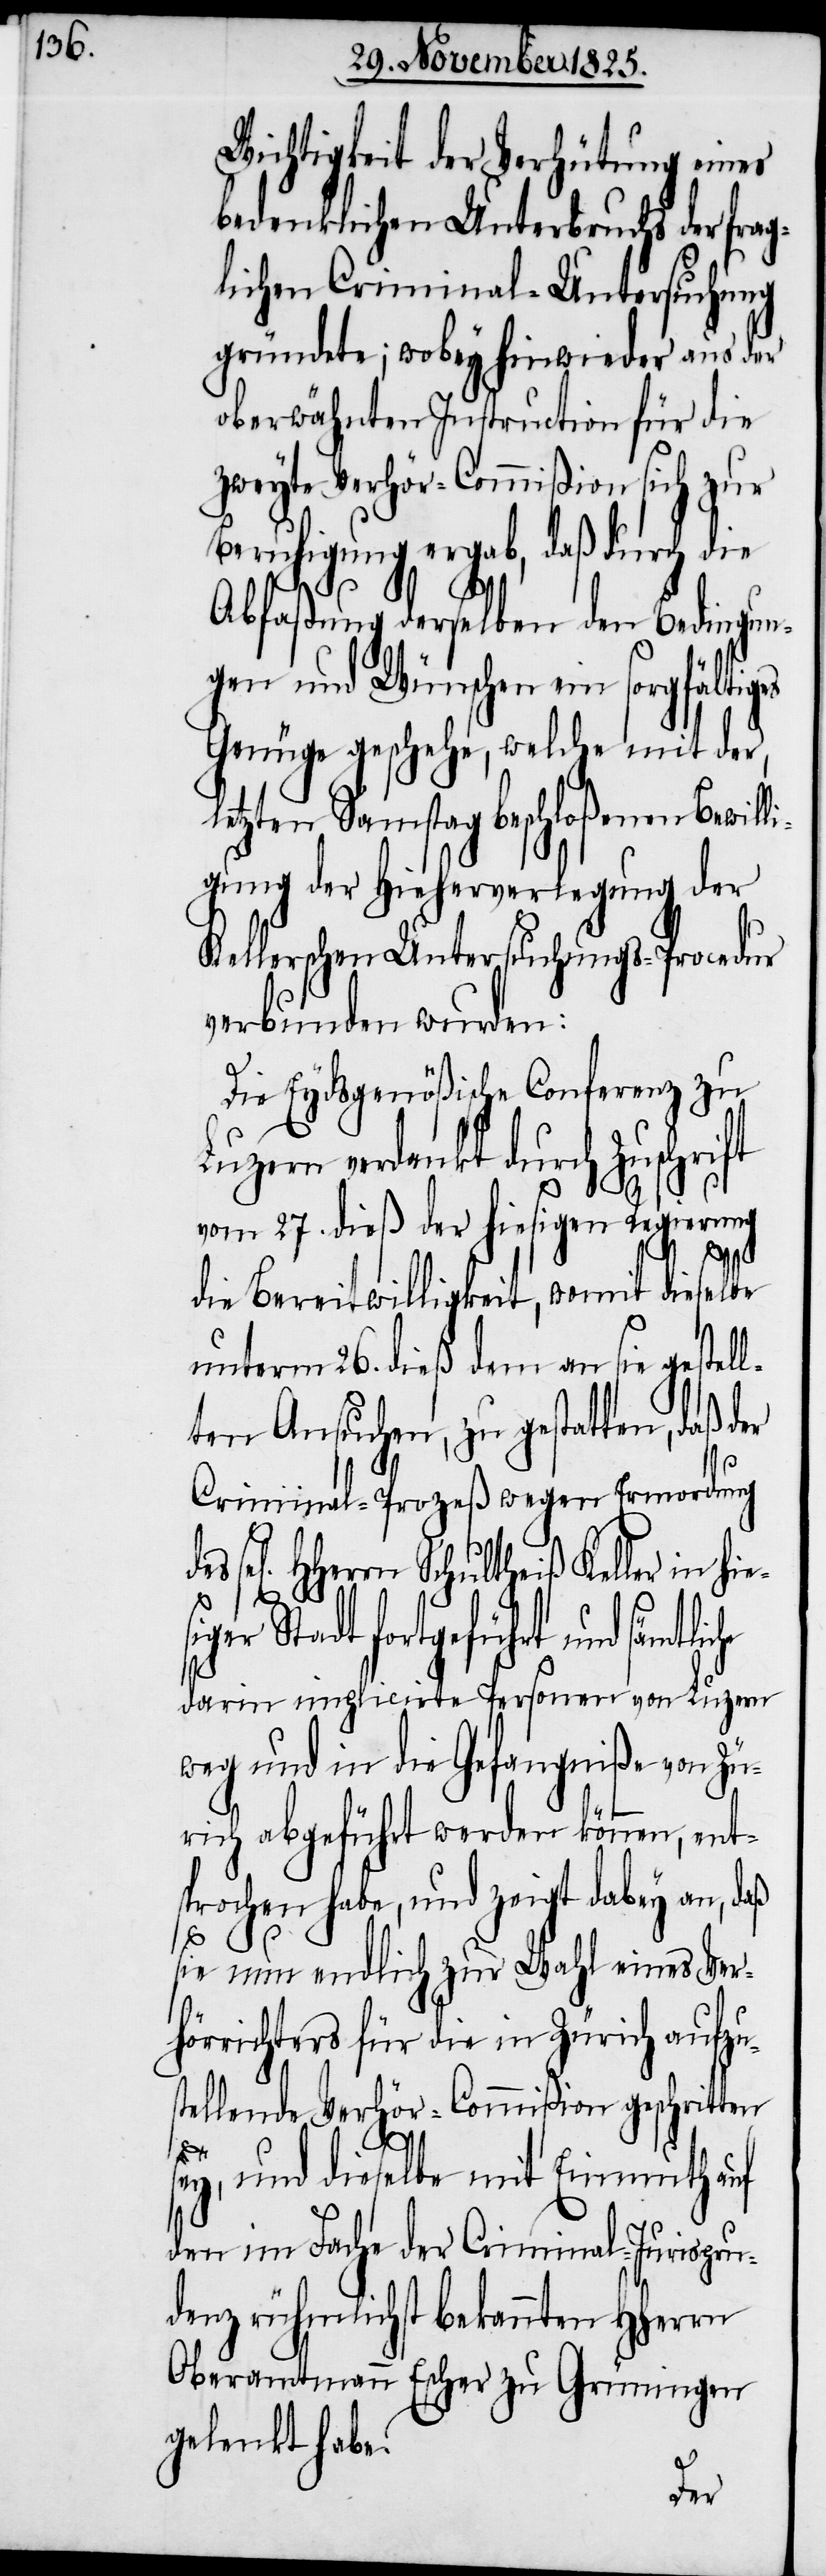
Wichtigkeit der Verhütung eines
bedenklichen Unterbruchs der frag¬
lichen Criminal-Untersuchung
gründete; wobey hinwieder aus der
oberwähnten Instruction für die
zweyte Verhör-Commißion sich zur
Beruhigung ergab, daß durch die
Abfaßung derselben den Bedingun¬
gen und Wünschen ein sorgfältig¬
Genüge geschehe, welche mit der,
letzten Samstag beschloßenen Bewilli¬
gung der Hieherverlegung der
Kellerschen Untersuchungs-Procedur
verbunden wurden:
Die Eydsgenößische Conferenz zu
Luzern verdankt durch Zuschrift
vom 27. dieß der hiesigen Regierung
liche
die Bereitwilligkeit, womit dieselbe
unterm 26. dieß dem an sie gestel¬
lten Ansuchen, zu gestatten, daß der
Criminal-Prozeß wegen Ermordung
gen] HHerrn Schultheiß Keller in hie¬
s¬
er Stadt fortgeführt und sämt¬
darin implicirte Personen von Luzern
weg und in die Gefangniße von Zü¬
rich abgeführt werden können, ent¬
sprochen habe, und zeigt dabey an, daß
sie nun endlich zur Wahl eines Ver¬
hörrichters für die in Zürich aufzu¬
stellende Verhör-Commißion geschritten
ey, und dieselbe mit Einmuth auf
den im Fache der Criminal-Jurispru¬
denz rühmlichst bekannten HHerrn
Oberamtmann Escher zu Grüningen
gelenkt habe.
des